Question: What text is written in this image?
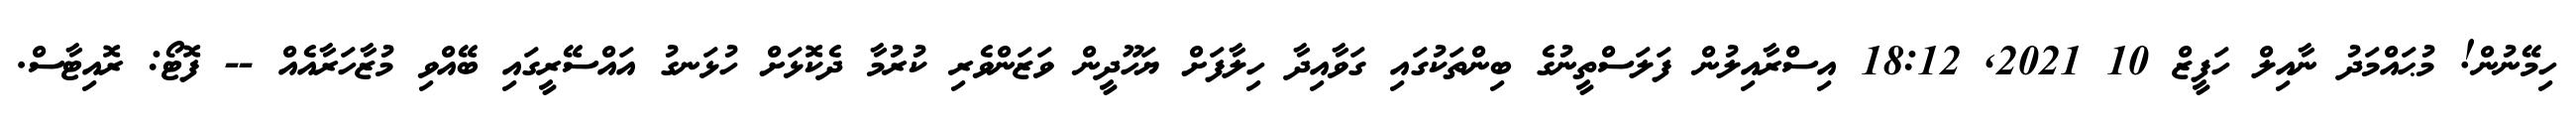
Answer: ހިމޭނުން! މުޙައްމަދު ނާއިލް ހަފީޒް 10 2021, 18:12 އިސްރާއިލުން ފަލަސްތީނުގެ ބިންތަކުގައި ގަވާއިދާ ހިލާފަށް ޔަހޫދީން ވަޒަންވެރި ކުރުމާ ދެކޮޅަށް ހުޅަނގު އައްސޭރީގައި ބޭއްވި މުޒާހަރާއެއް -- ފޮޓޯ: ރޮއިޓާސް.